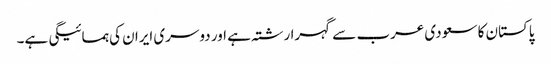
پاکستان کا سعودی عرب سے گہرا رشتہ ہے اور دوسری ایران کی ہمسائیگی ہے۔